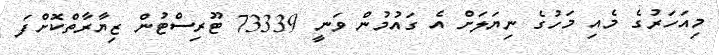
މިއަހަރުގެ މެއި މަހުގެ ނިޔަލަށް އެ ގައުމުން ވަނީ 73339 ޓޫރިސްޓުން ޒިޔާރާތްކޮށްފަ